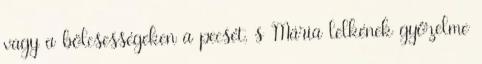
vagy a bölcsességeken a pecsét, s Mária lelkének győzelme